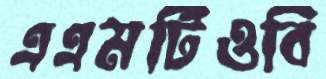
এএমটিওবি